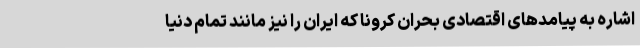
اشاره به پیامدهای اقتصادی بحران کرونا که ایران را نیز مانند تمام دنیا